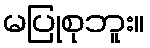
မပြုစုဘူး။